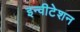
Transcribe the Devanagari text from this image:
इन्वीटेशन